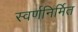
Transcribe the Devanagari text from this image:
स्वर्णनिर्मित